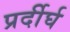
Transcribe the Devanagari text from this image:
प्रर्दीर्घ